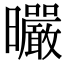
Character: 曮